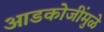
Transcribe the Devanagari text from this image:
आडकोजींमुळे